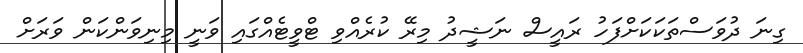
ގިނަ ދުވަސްތަކަކަށްފަހު ރައީސް ނަޝީދު މިރޭ ކުރެއްވި ޓްވީޓެއްގައި ވަނީ މިނިވަންކަން ވަރަށް